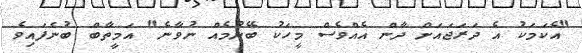
"އެކަމަކު އެ ދަރަޖައަށް ދާން އެއްވެސް މީހަކު ބޭނުމެއް ނުވާނެ" އަމީތާބް ބުނެފައިވެ